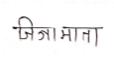
मजकूर: जिजामाता